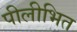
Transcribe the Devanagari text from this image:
पीलीभित